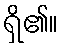
ရှိ၏။